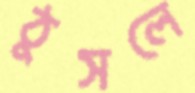
ঠুসলে